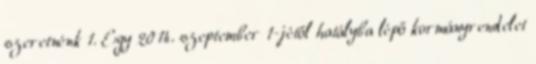
szeretnénk 1. Egy 2014. szeptember 1-jétől hatályba lépő kormányrendelet